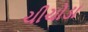
ચીચોડા